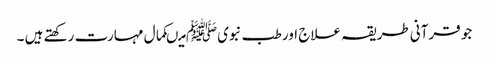
جو قرآنی طریقہ علاج اور طب نبویﷺ میںکمال مہارت رکھتے ہیں ۔